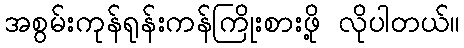
အစွမ်းကုန်ရုန်းကန်ကြိုးစားဖို့ လိုပါတယ်။